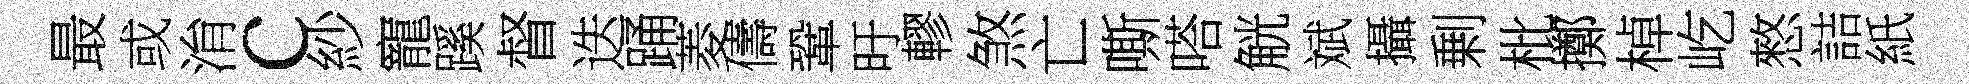
最或㳙c紗寵蹊督迭踊菱儔鞏旴轇煞亡嘶嗒觥斌攝剰枇擲棹屹憗詰紙